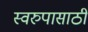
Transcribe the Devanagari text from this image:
स्वरुपासाठी